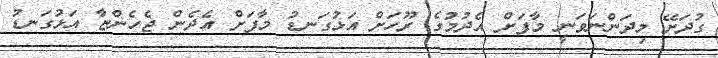
ގުދަށޭ މިދަންނަވަނީ މާފަށް އެދުމުގެ ރޫހަށް އަޅުގަނޑު މާފަށް އެދެން ޖެހެންޏާ އަޅުގަނޑު